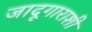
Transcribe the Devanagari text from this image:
जादूगाराशी